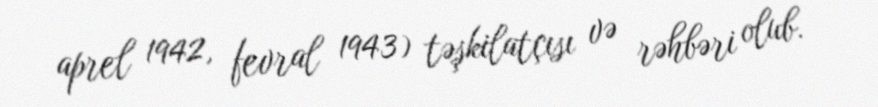
aprel 1942, fevral 1943) təşkilatçısı və rəhbəri olub.